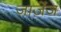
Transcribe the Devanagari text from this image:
जाज़ेंज